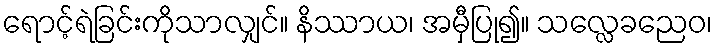
ရောင့်ရဲခြင်းကိုသာလျှင်။ နိဿာယ၊ အမှီပြု၍။ သလ္လေခညေဝ၊